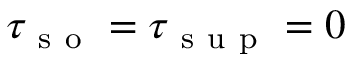
\tau _ { \mathrm { ~ s ~ o ~ } } = \tau _ { \mathrm { ~ s ~ u ~ p ~ } } = 0